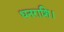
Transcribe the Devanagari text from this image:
धनराशि।